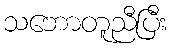
သဘောတူညီပြီး